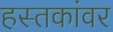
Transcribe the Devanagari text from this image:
हस्तकांवर